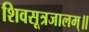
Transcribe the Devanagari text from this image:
शिवसूत्रजालम्॥